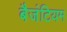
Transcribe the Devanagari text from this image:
बैजंटियम